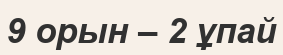
9 орын – 2 ұпай